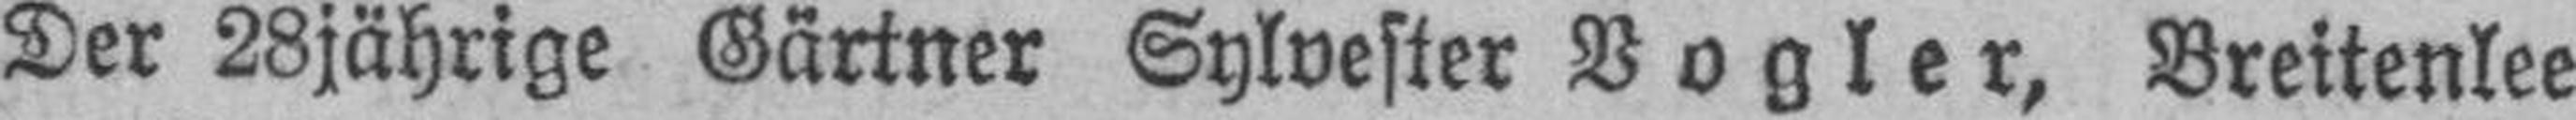
Der 28jährige Gärtner Sylvester Vogler, Breitenlee